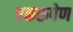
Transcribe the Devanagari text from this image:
एकरूपेण